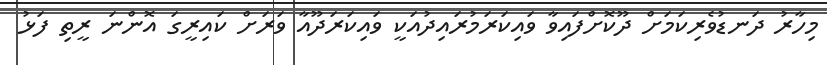
މިހާރު ދަނޑުވެރިކަމަށް ދޫކޮށްފައިވާ ވައިކަރަމުރައިދުއަކީ ވައިކަރަދޫއާ ވަރަށް ކައިރީގަ އޮންނަ ރީތި ފަޅު